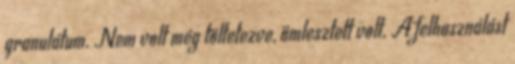
granulátum. Nem volt még töltetezve, ömlesztett volt. A felhasználást